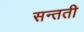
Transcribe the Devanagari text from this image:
सन्तती